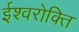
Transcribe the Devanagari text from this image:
ईश्वरोक्ति